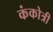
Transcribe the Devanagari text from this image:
कंकोत्री